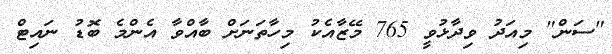
"ސަން" މިއަދު ވިދާޅުވީ 765 މޭޒާއެކު މިހާތަނަށް ބާއްވާ އެންމެ ބޮޑު ނައިޓް